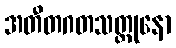
အတီတဂတသတ္ထုနော